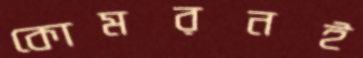
কোমরনই